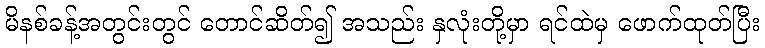
မိနစ်ခန့်အတွင်းတွင် တောင်ဆိတ်၍ အသည်း နှလုံးတို့မှာ ရင်ထဲမှ ဖောက်ထုတ်ပြီး